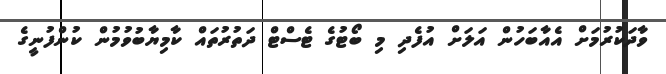
ވާދަކުރުމަށް އެއާބަހުން އަލަށް އުފެދި މި ބޯޓުގެ ޓެސްޓް ދަތުރުތައް ކާމިޔާބުވުމުން ކުންފުނީގެ